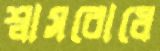
শ্বাসরোধে